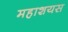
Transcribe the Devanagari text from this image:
महाशयस